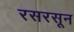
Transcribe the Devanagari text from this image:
रसरसून